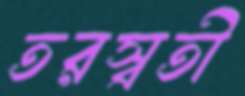
তরস্বতী